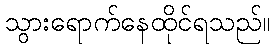
သွားရောက်နေထိုင်ရသည်။